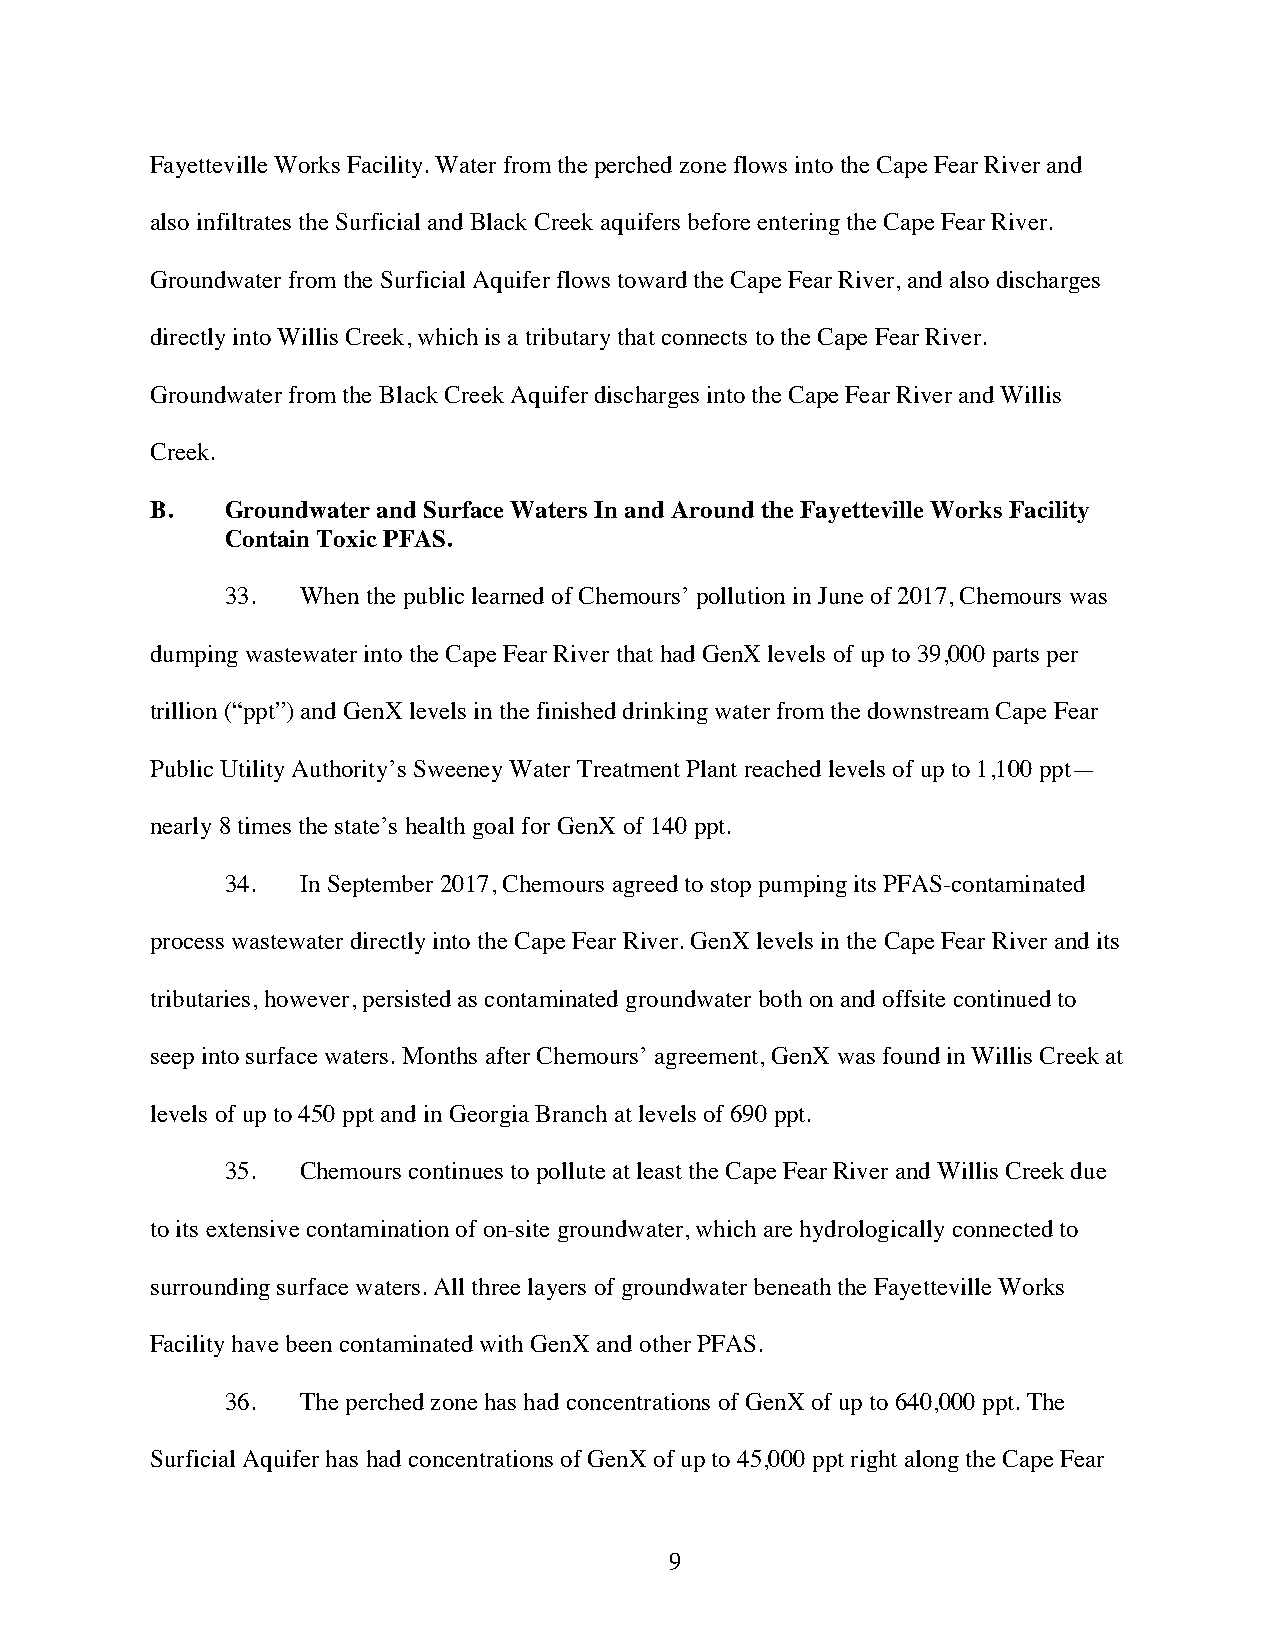
Fayetteville Works Facility. Water from the perched zone flows into the Cape Fear River and
 also infiltrates the Surficial and Black Creek aquifers before entering the Cape Fear River.
 Groundwater from the Surficial Aquifer flows toward the Cape Fear River, and also discharges
 directly into Willis Creek, which is a tributary that connects to the Cape Fear River.
 Groundwater from the Black Creek Aquifer discharges into the Cape Fear River and Willis
 Creek.
 B.   Groundwater and Surface Waters In and Around the Fayetteville Works Facility
 Contain Toxic PFAS.
 33.  When the public learned of Chemours’ pollution in June of 2017, Chemours was
 dumping wastewater into the Cape Fear River that had GenX levels of up to 39,000 parts per
 trillion (“ppt”) and GenX levels in the finished drinking water from the downstream Cape Fear
 Public Utility Authority’s Sweeney Water Treatment Plant reached levels of up to 1,100 ppt—
 nearly 8 times the state’s health goal for GenX of 140 ppt.
 34.  In September 2017, Chemours agreed to stop pumping its PFAS-contaminated
 process wastewater directly into the Cape Fear River. GenX levels in the Cape Fear River and its
 tributaries, however, persisted as contaminated groundwater both on and offsite continued to
 seep into surface waters. Months after Chemours’ agreement, GenX was found in Willis Creek at
 levels of up to 450 ppt and in Georgia Branch at levels of 690 ppt.
 35.  Chemours continues to pollute at least the Cape Fear River and Willis Creek due
 to its extensive contamination of on-site groundwater, which are hydrologically connected to
 surrounding surface waters. All three layers of groundwater beneath the Fayetteville Works
 Facility have been contaminated with GenX and other PFAS.
 36.  The perched zone has had concentrations of GenX of up to 640,000 ppt. The
 Surficial Aquifer has had concentrations of GenX of up to 45,000 ppt right along the Cape Fear
 9